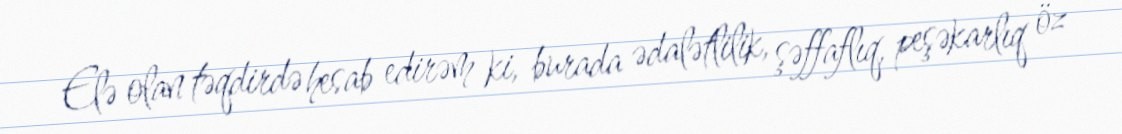
Elə olan təqdirdə hesab edirəm ki, burada ədalətlilik, şəffaflıq, peşəkarlıq öz